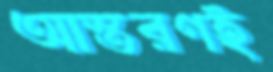
আস্তরণই